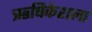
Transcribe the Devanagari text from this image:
ऋषिकेशला